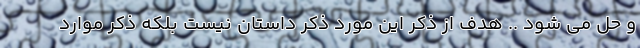
و حل می شود .. هدف از ذکر این مورد ذکر داستان نیست بلکه ذکر موارد